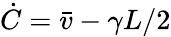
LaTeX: \dot{C}=\bar{v}-\gamma L/2